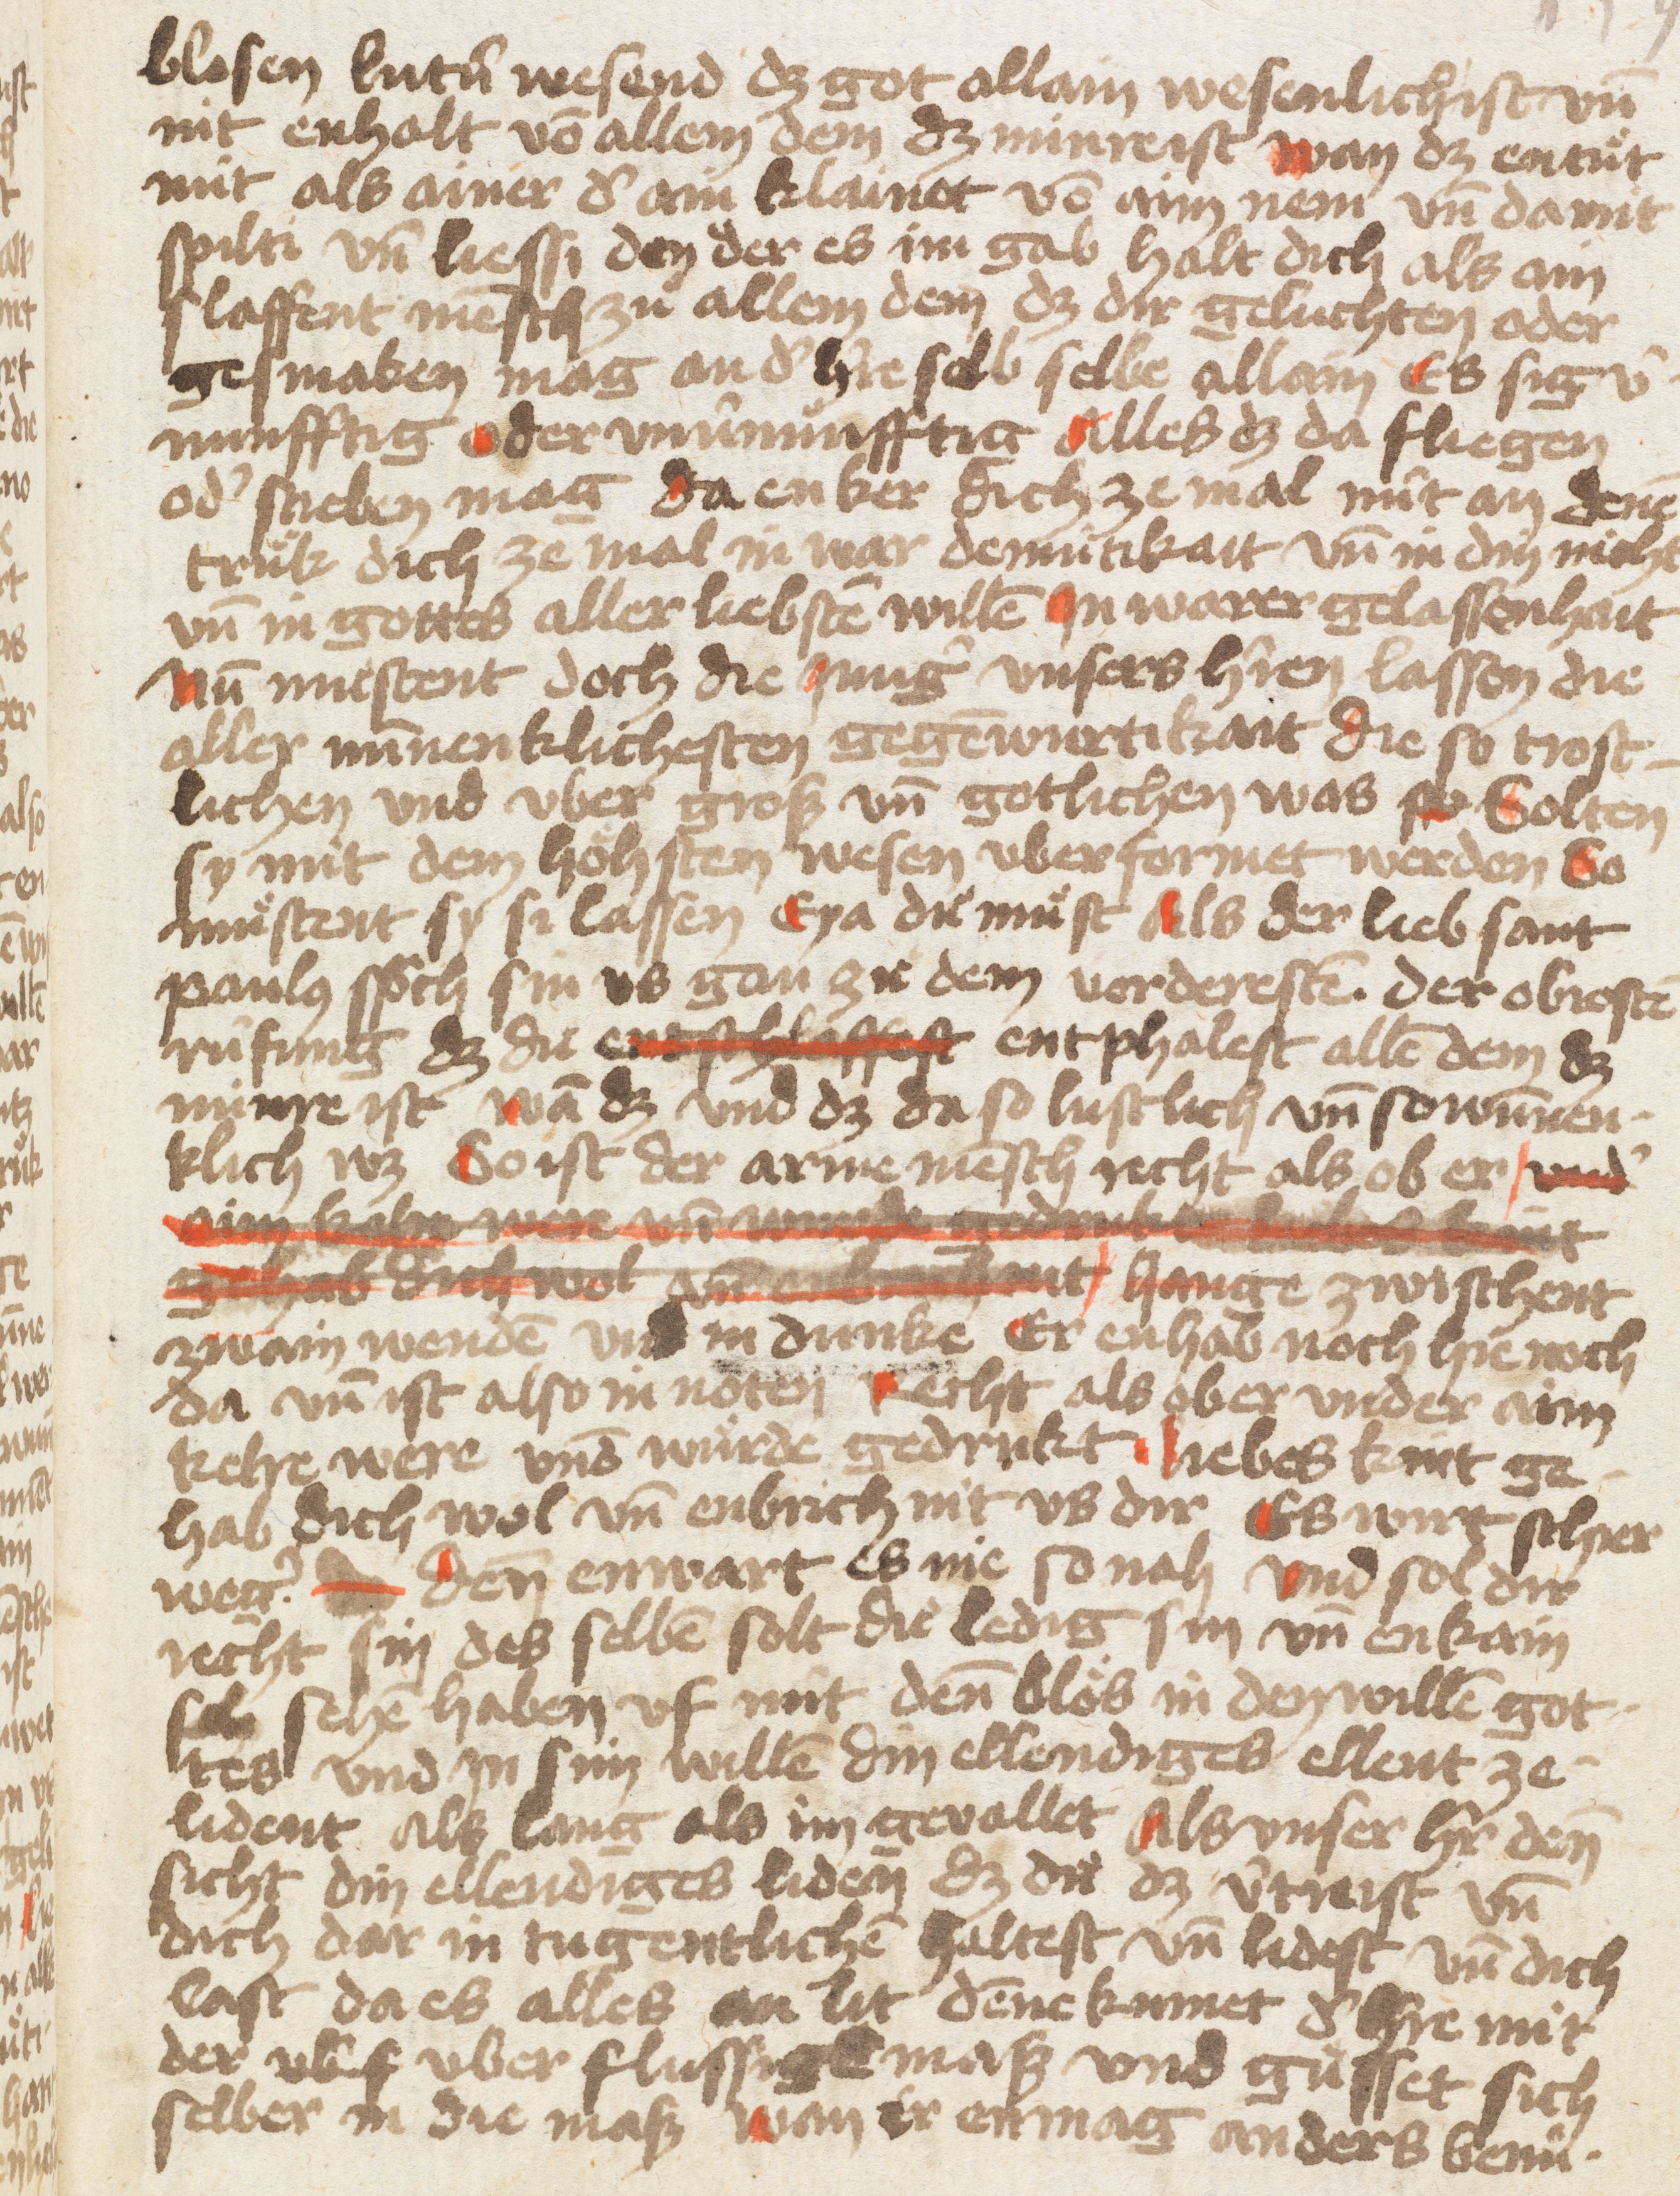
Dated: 1400–1499